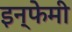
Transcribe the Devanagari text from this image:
इन्फेमी